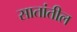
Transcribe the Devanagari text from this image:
सातांतील